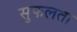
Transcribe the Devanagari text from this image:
सुफलता